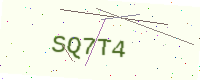
Text: SQ7T4